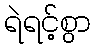
ရဲရင့်စွာ